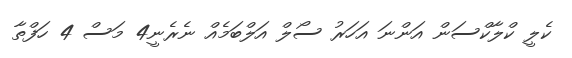
ކެލީ ކްލާކްސަން އަންނަ އަހަރު ސޯލް އަލްބަމެއް ނެރެނީ4 މަސް 4 ހަފްތާ